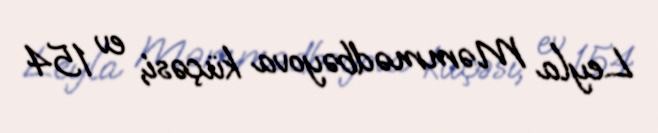
Leyla Məmmədbəyova küçəsi, ev 154